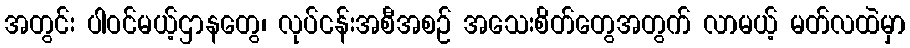
အတွင်း ပါဝင်မယ့်ဌာနတွေ၊ လုပ်ငန်းအစီအစဉ် အသေးစိတ်တွေအတွက် လာမယ့် မတ်လထဲမှာ